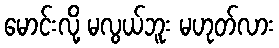
မောင်းလို့ မလွယ်ဘူး မဟုတ်လား